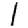
Digit: 1